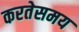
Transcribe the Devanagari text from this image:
करतेसमय